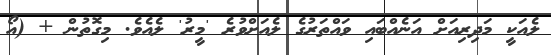
ލެއަކީ މަދިރިއަށް އަނެއްބައި ވައްތަރުގެ ލެއަށްވުރެ 'މީރު' ލެއެވެ. މިގޮތުން + (އޯ